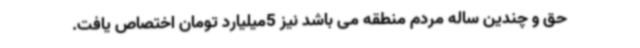
حق و چندین ساله مردم منطقه می باشد نیز 5میلیارد تومان اختصاص یافت.